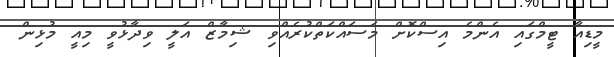
މީޑިއާ ޓީމްގައި އެންމެ އިސްކޮށް މަސައްކަތްކުރެއްވި ޝިމާޒް އަލީ ވިދާޅުވީ މިއީ މުޅިން